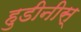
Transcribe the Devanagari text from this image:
हुडीनीस्